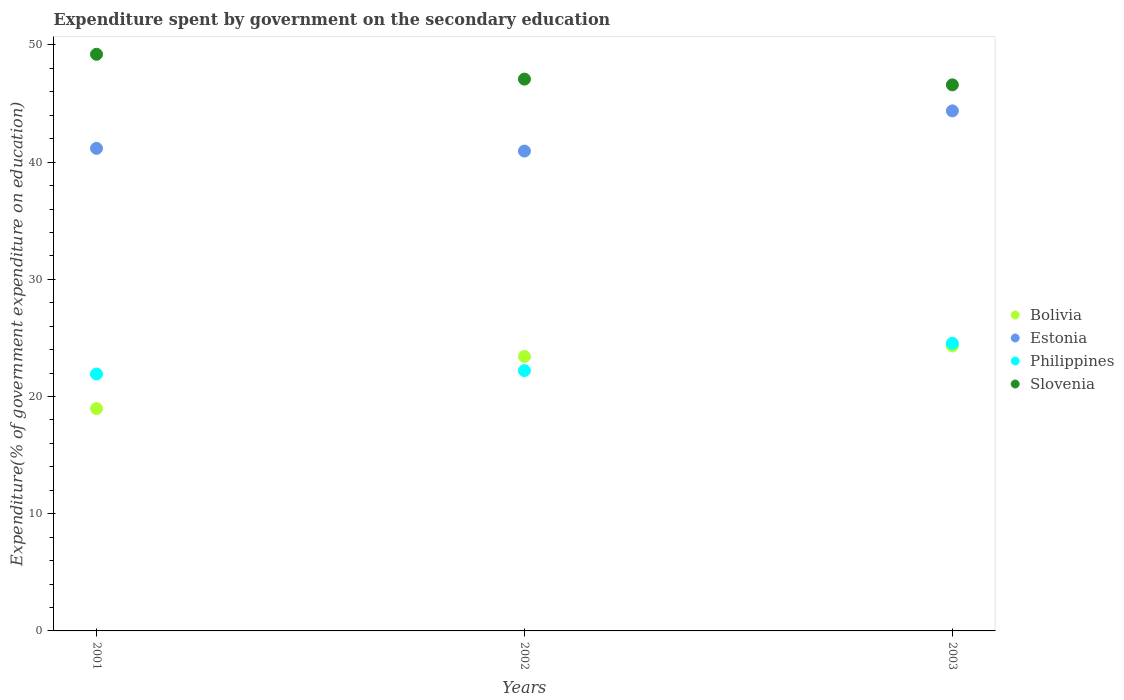
| Years | Bolivia | Estonia | Philippines | Slovenia |
 | --- | --- | --- | --- | --- |
 | 2001 | 19 | 41.2 | 21.9 | 49.2 |
 | 2002 | 23.4 | 40.9 | 22.2 | 47.1 |
 | 2003 | 24.3 | 44.4 | 24.5 | 46.6 |